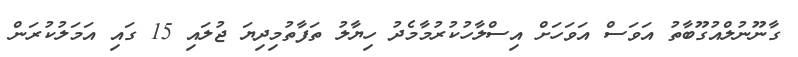
ގާނޫނުލްއުގޫބާތު އަވަސް އަވަހަށް އިސްލާހުކުރުމާމެދު ހިޔާލު ތަފާތުމިދިޔަ ޖުލައި 15 ގައި އަމަލުކުރަން